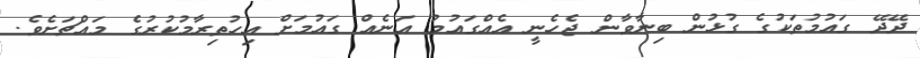
ދޭދޭ ގައުމުތަކުގެ ގުޅުން ބިނާވާން ޖެހެނީ އެއްގައުމު އަނެއް ގައުމަށް އިހުތިރާމުކުރުގެ މައްޗަށެވެ.